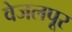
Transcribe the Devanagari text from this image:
वेजलपूर